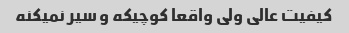
کیفیت عالی ولی واقعا کوچیکه و سیر نمیکنه